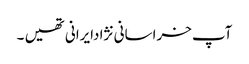
آپ خراسانی نژادایرانی تھیں ۔